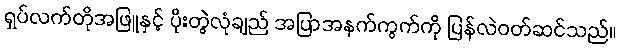
ရှပ်လက်တိုအဖြူနှင့် ပိုးတွဲလုံချည် အပြာအနက်ကွက်ကို ပြန်လဲဝတ်ဆင်သည်။